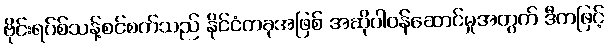
ဗိုင်းရပ်စ်သန့်စင်စက်သည် နိုင်ငံတခုအဖြစ် အဆိုပါဝန်ဆောင်မှုအတွက် ဒီကဖြင့်